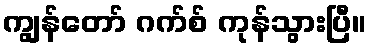
ကျွန်တော် ဂက်စ် ကုန်သွားပြီ။